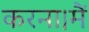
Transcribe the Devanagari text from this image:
करना।मैं